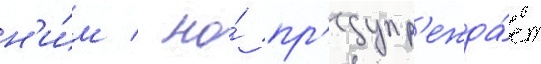
н'и́м / но́ пр'едупр'ежда́ет